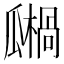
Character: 𤬙